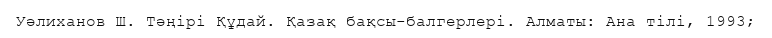
Уәлиханов Ш. Тәңірі Құдай. Қазақ бақсы-балгерлері. Алматы: Ана тілі, 1993;